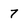
Character: 7